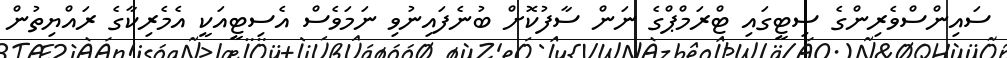
ސައިންސްވެރިންގެ ސިޓީގައި ޓްރަމްޕްގެ ނަން ސާފުކޮށް ބުނެފައިނުވި ނަމަވެސް އެސިޓީއަކީ އެމެރިކާގެ ރައްޔިތުން